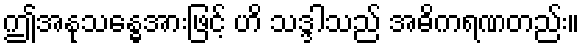
ဤအနုသန္ဓေအားဖြင့် ဟိ သဒ္ဒါသည် အဓိကရဏတည်း။